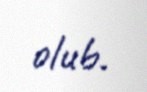
olub.